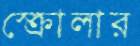
স্ক্রোলার